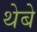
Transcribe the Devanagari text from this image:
थेबे